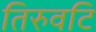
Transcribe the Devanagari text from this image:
तिरुवटि